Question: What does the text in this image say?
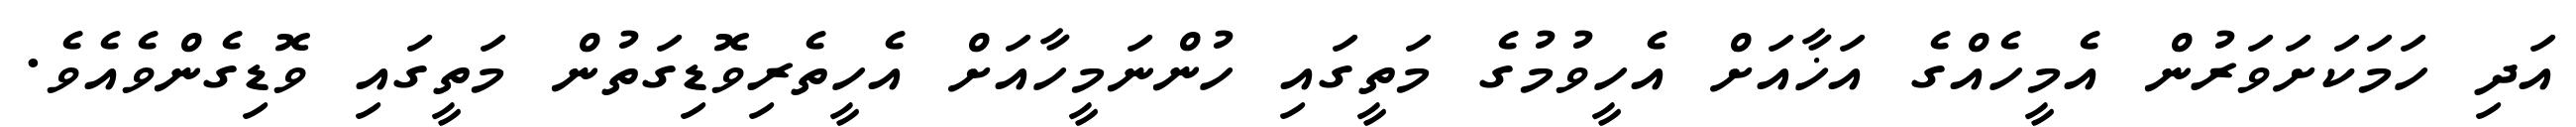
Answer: އަދި ހަމަކަށަވަރުން އެމީހެއްގެ އަޚާއަށް އެހީވުމުގެ މަތީގައި ހުންނަމީހާއަށް އެހީތެރިވޮޑިގަތުން މަތީގައި ވޮޑިގެންވެއެވެ.